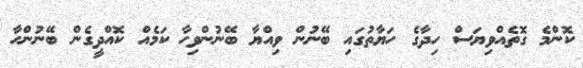
ކޮންމެ ގޮތެއްވިޔަސް ހިދާގެ ހަޔާތުގައި ބޭނުން ވިއްޔާ ބޭނުންވިހާ ކަމެއް ކޮއްދީގެން ބޭނުންހާ